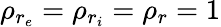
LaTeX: \rho_{r_{e}}=\rho_{r_{i}}=\rho_{r}=1